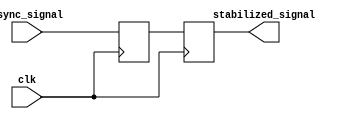
module TwoFF_Metastability_Detector (
    input wire async_signal,  // Asynchronous input signal
    input wire clk,           // Synchronous clock signal
    output reg stabilized_signal // Stabilized output signal
);

    // Internal signals for the two flip-flops
    reg ff1_out; // Output of the first flip-flop

    // First flip-flop (FF1)
    always @(posedge clk) begin
        ff1_out <= async_signal; // Capture async_signal on clock edge
    end

    // Second flip-flop (FF2)
    always @(posedge clk) begin
        stabilized_signal <= ff1_out; // Capture output of FF1 on next clock edge
    end

endmodule